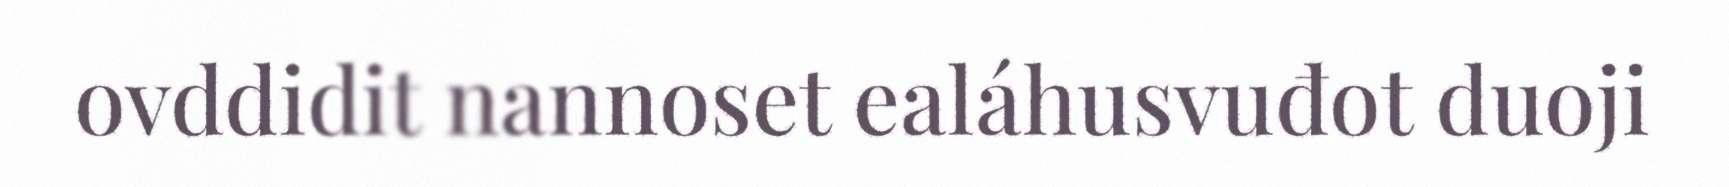
ovddidit nannoset ealáhusvuđot duoji